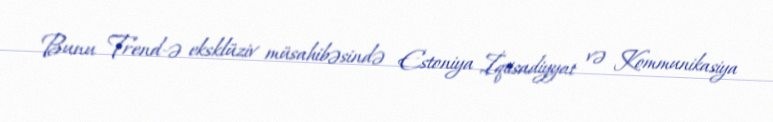
Bunu Trend-ə eksklüziv müsahibəsində Estoniya İqtisadiyyat və Kommunikasiya